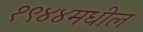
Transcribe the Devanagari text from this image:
१९४४मधील